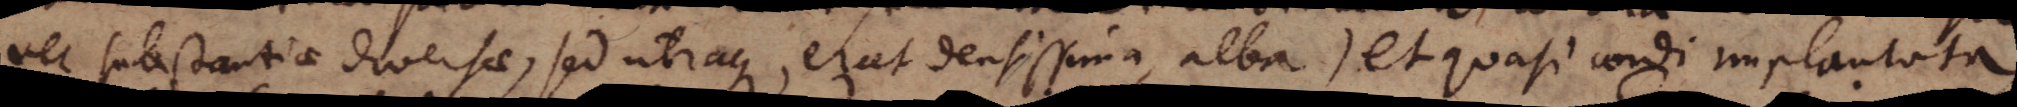
vel substantiae diversae, sed utraque erat densissima, alba autem et quasi cordi implantata,